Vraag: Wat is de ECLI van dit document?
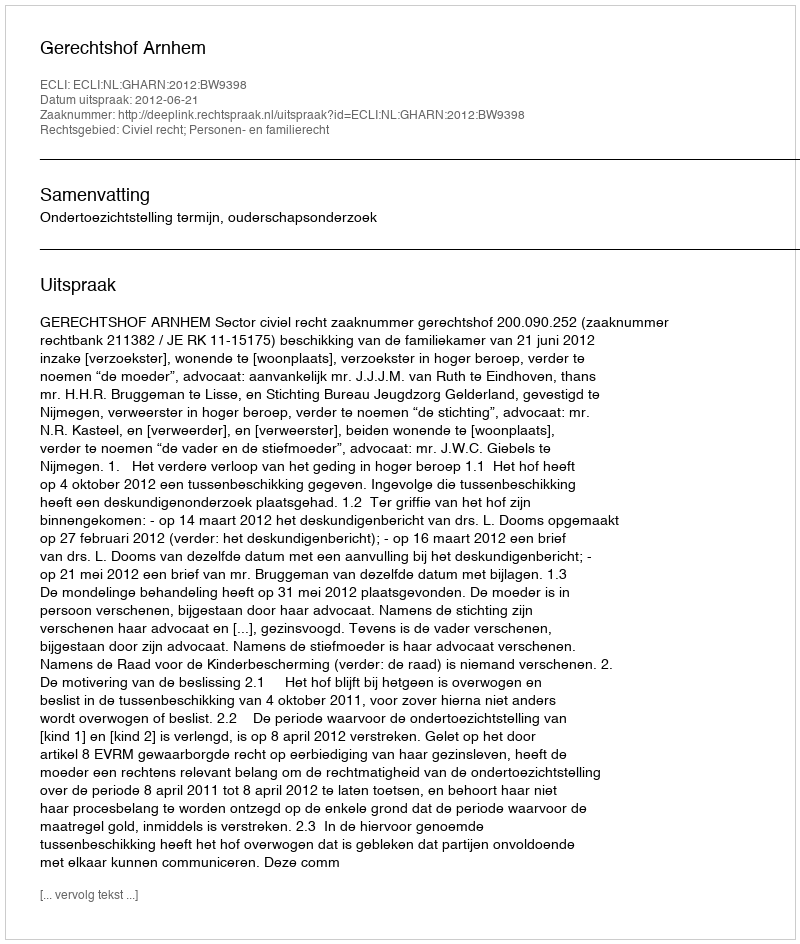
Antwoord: ECLI:NL:GHARN:2012:BW9398